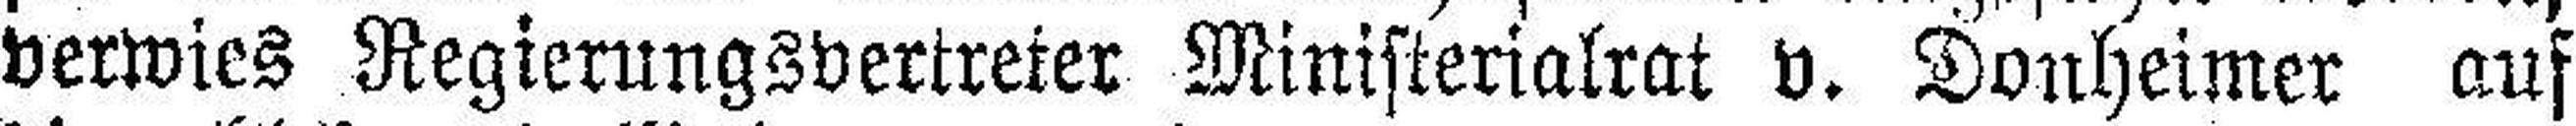
verwies Regierungsvertreter Ministerialrat v. Donheimer auf